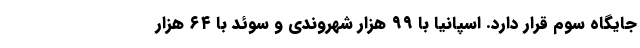
جایگاه سوم قرار دارد. اسپانیا با ۹۹ هزار شهروندی و سوئد با ۶۴ هزار